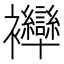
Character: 𧟗